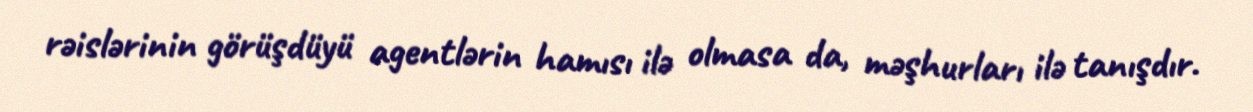
rəislərinin görüşdüyü agentlərin hamısı ilə olmasa da, məşhurları ilə tanışdır.